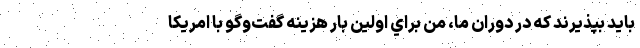
بايد بپذيرند كه در دوران ما، من براي اولين بار هزينه گفت‌وگو با امريكا